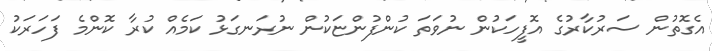
އެގޮތުން ސަރުކާރުގެ އޮފީހަކުން ނުވަތަ ކުންފުންޏަކުން ނުރަނގަޅު ކަމެއް ކުރާ ކޮންމެ ފަހަރަކު